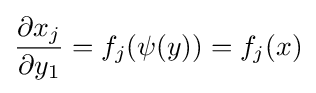
{\partial x_{j} \over \partial y_{1}}=f_{j}(\psi (y))=f_{j}(x)